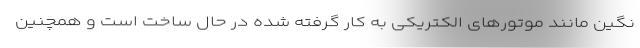
نگین مانند موتورهای الکتریکی به کار گرفته شده در حال ساخت است و همچنین